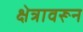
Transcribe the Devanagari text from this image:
क्षेत्रावरून